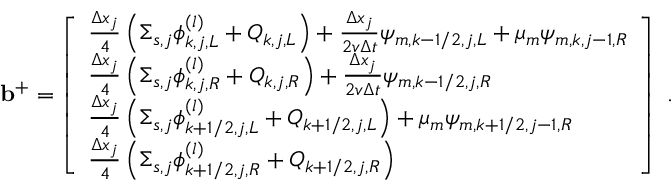
\mathbf { b } ^ { + } = \left[ \begin{array} { l } { \frac { \Delta x _ { j } } { 4 } \left( \Sigma _ { s , j } \phi _ { k , j , L } ^ { ( l ) } + Q _ { k , j , L } \right) + \frac { \Delta x _ { j } } { 2 v \Delta t } \psi _ { m , k - 1 / 2 , j , L } + \mu _ { m } \psi _ { m , k , j - 1 , R } } \\ { \frac { \Delta x _ { j } } { 4 } \left( \Sigma _ { s , j } \phi _ { k , j , R } ^ { ( l ) } + Q _ { k , j , R } \right) + \frac { \Delta x _ { j } } { 2 v \Delta t } \psi _ { m , k - 1 / 2 , j , R } } \\ { \frac { \Delta x _ { j } } { 4 } \left( \Sigma _ { s , j } \phi _ { k + 1 / 2 , j , L } ^ { ( l ) } + Q _ { k + 1 / 2 , j , L } \right) + \mu _ { m } \psi _ { m , k + 1 / 2 , j - 1 , R } } \\ { \frac { \Delta x _ { j } } { 4 } \left( \Sigma _ { s , j } \phi _ { k + 1 / 2 , j , R } ^ { ( l ) } + Q _ { k + 1 / 2 , j , R } \right) } \end{array} \right] \; .